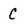
Character: C